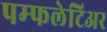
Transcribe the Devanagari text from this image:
पम्फलेटिअर